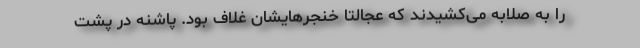
را به صلّابه می‌کشیدند که عجالتاً خنجرهایشان غلاف بود. پاشنه درِ پشت